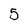
Character: 5